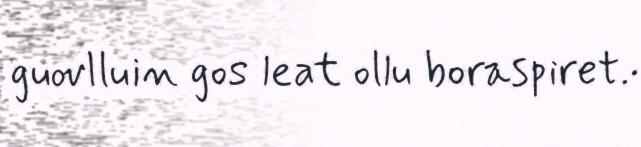
guovlluin gos leat ollu boraspiret.·